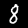
Label: 8